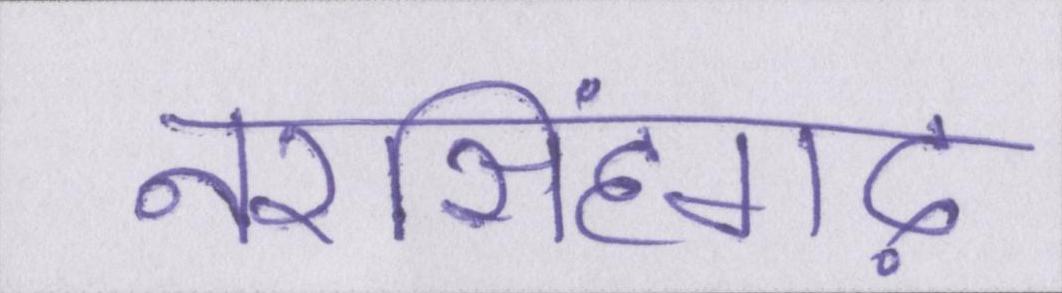
नरसिंहगढ़